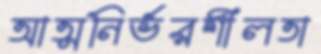
আত্মনির্ভরশীলতা